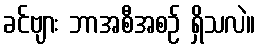
ခင်ဗျား ဘာအစီအစဉ် ရှိသလဲ။